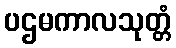
ပဌမကာလသုတ္တံ